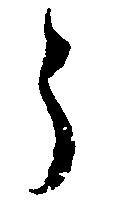
う